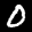
Label: 0